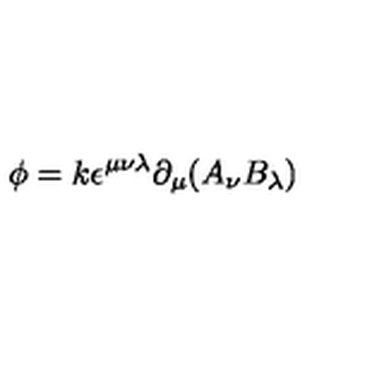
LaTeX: \phi = k \epsilon ^ { \mu \nu \lambda } \partial _ { \mu } ( A _ { \nu } B _ { \lambda } )